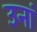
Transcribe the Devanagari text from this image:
उनां